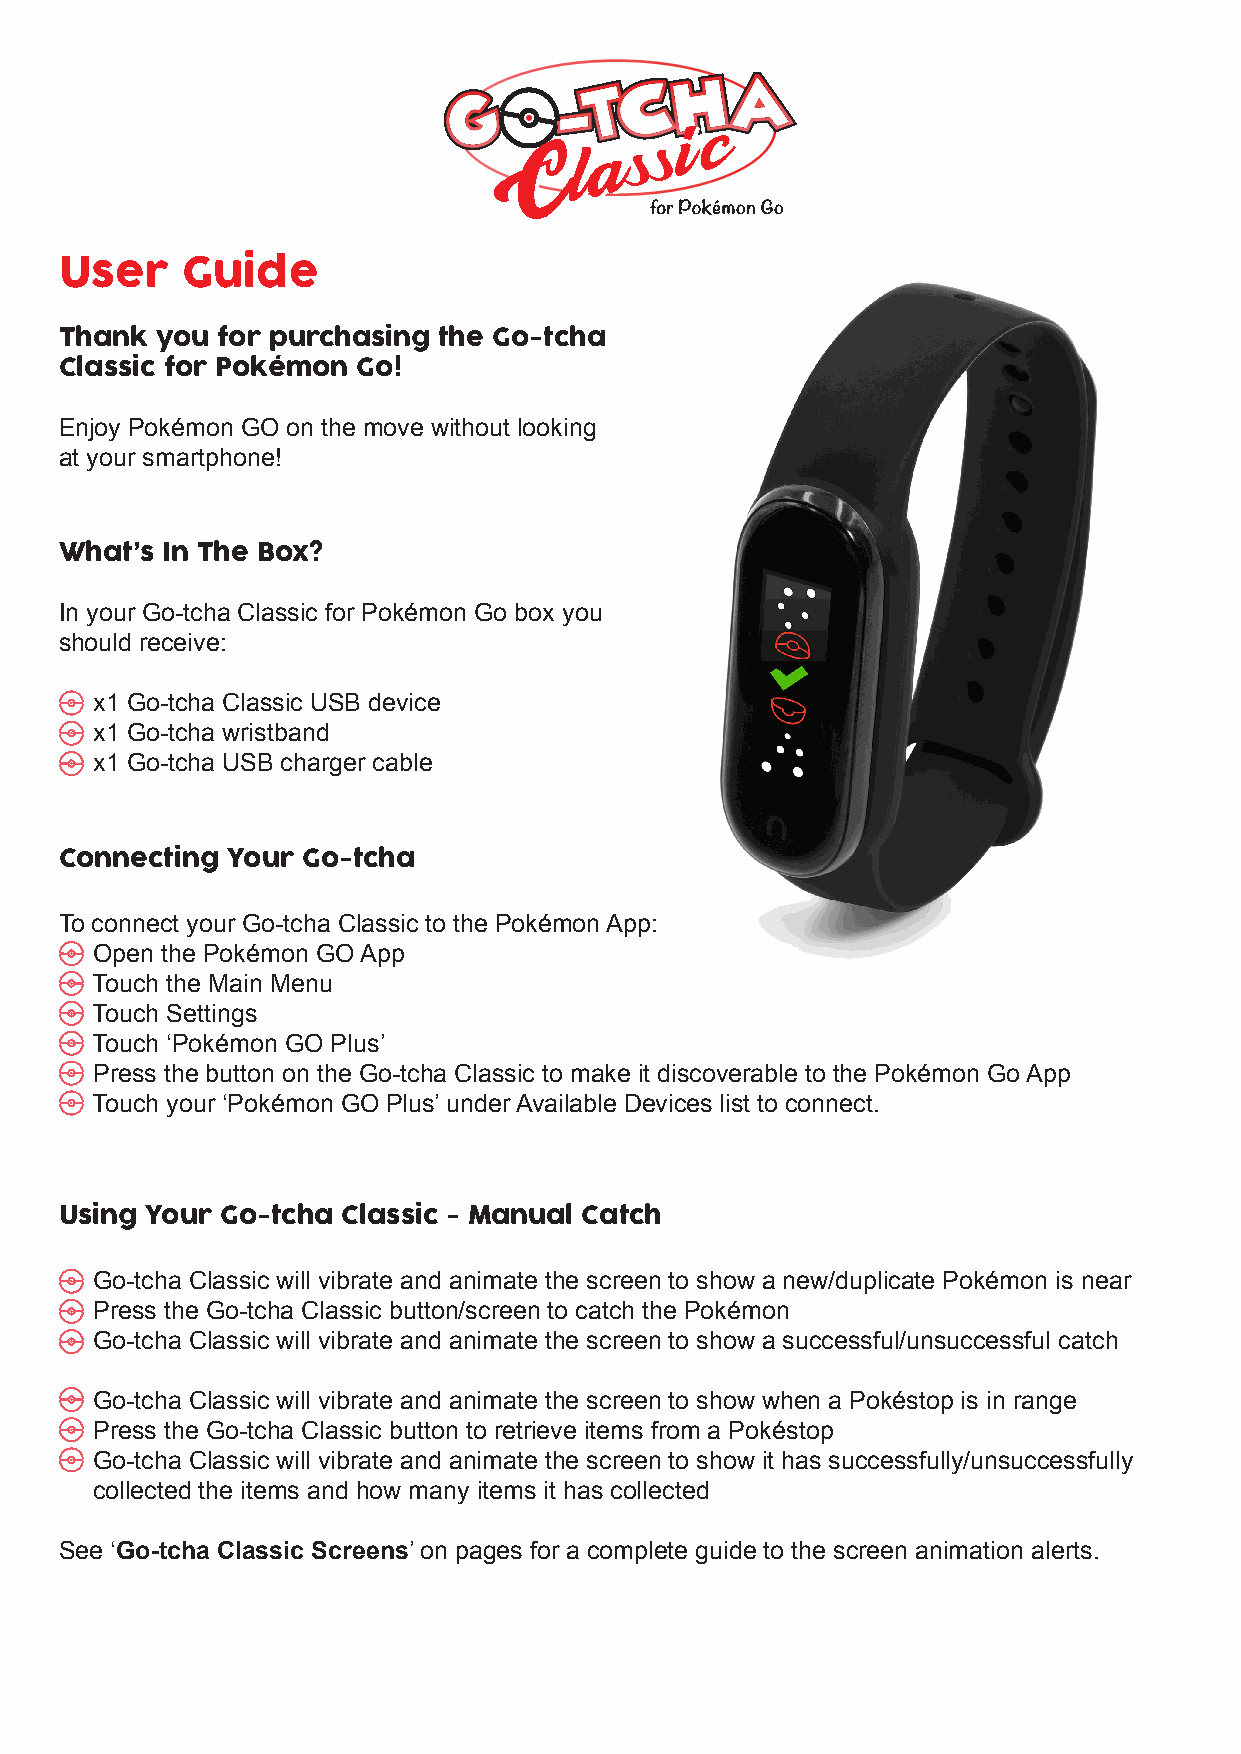
User    Guide
 Thank you for purchasing the Go-tcha
 Classic for Pokémon Go!
 Enjoy Pokémon GO on the move without looking
 at your smartphone!
 What’s In The Box?
 In your Go-tcha Classic for Pokémon Go box you
 should receive:
 x1 Go-tcha Classic USB device
 x1 Go-tcha wristband
 x1 Go-tcha USB charger cable
 Connecting Your Go-tcha
 To connect your Go-tcha Classic to the Pokémon App:
 Open the Pokémon GO App
 Touch the Main Menu
 Touch Settings
 Touch ‘Pokémon GO Plus’
 Press the button on the Go-tcha Classic to make it discoverable to the Pokémon Go App
 Touch your ‘Pokémon GO Plus’ under Available Devices list to connect.
 Using Your Go-tcha Classic - Manual Catch
 Go-tcha Classic will vibrate and animate the screen to show a new/duplicate Pokémon is near
 Press the Go-tcha Classic button/screen to catch the Pokémon
 Go-tcha Classic will vibrate and animate the screen to show a successful/unsuccessful catch
 Go-tcha Classic will vibrate and animate the screen to show when a Pokéstop is in range
 Press the Go-tcha Classic button to retrieve items from a Pokéstop
 Go-tcha Classic will vibrate and animate the screen to show it has successfully/unsuccessfully
 collected the items and how many items it has collected
 See ‘Go-tcha Classic Screens’ on pages for a complete guide to the screen animation alerts.